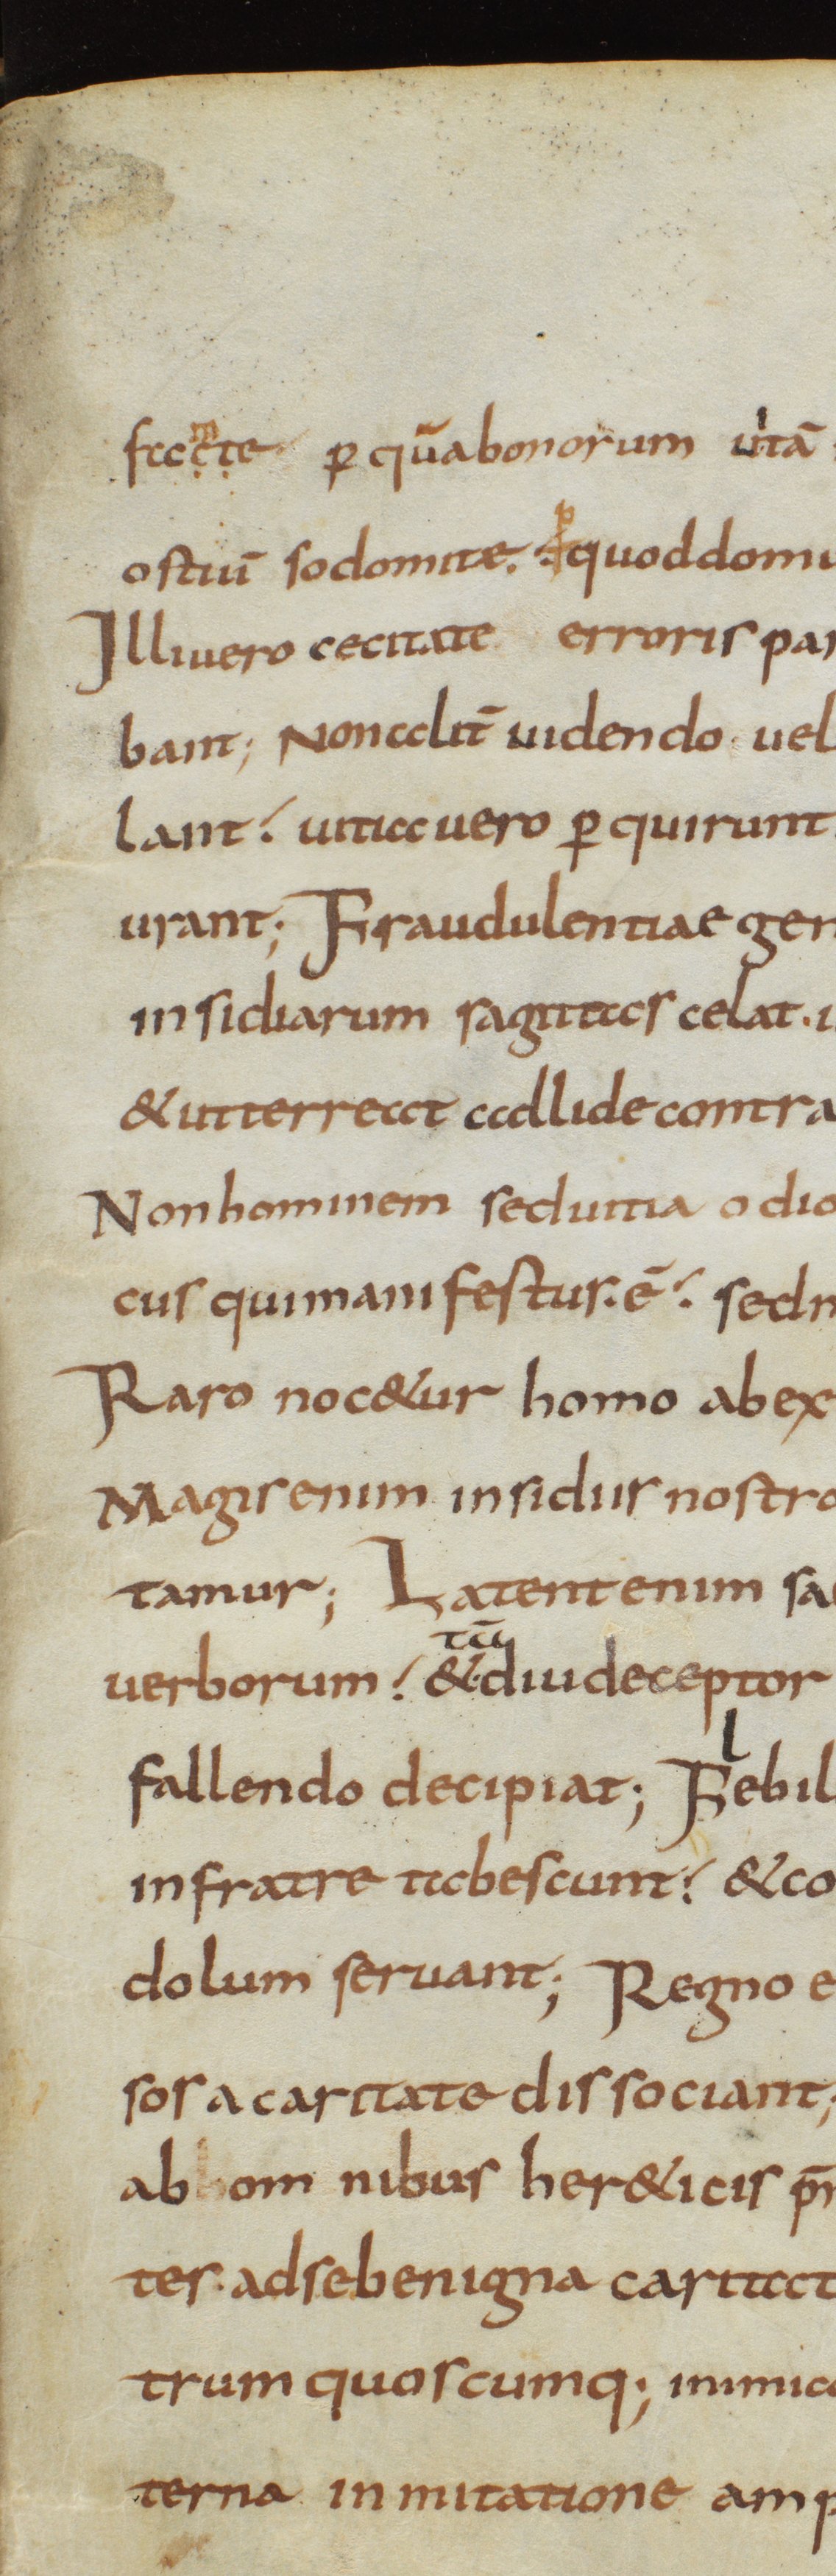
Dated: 800–833